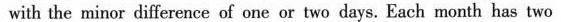
with the minor difference of one or two days. Each month has two